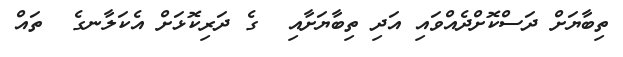
ތިބާޔަށް ދަސްކޮށްދެއްވައި އަދި ތިބާޔަށާއި  ގެ ދަރިކޮޅަށް އެކަލާނގެ  ތައް